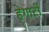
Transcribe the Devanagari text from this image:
हेगार्टी